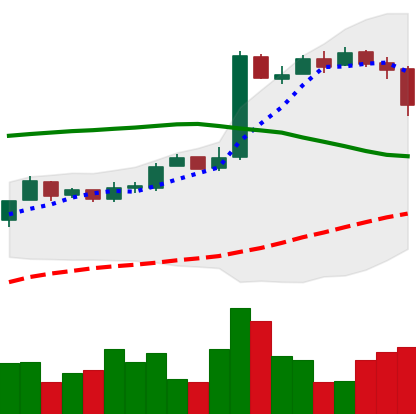
Ticker: BTC-USD
Chart end date: 2016-10-19
Forward return: 3.686%
Label: up_3_5